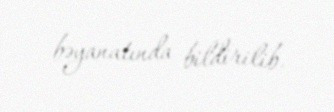
bəyanatında bildirilib.